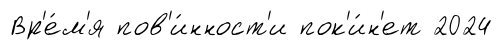
Вр'е́м'я пов'и́нност'и пок'и́н'ет 2024